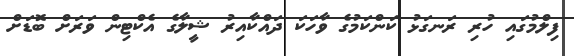
ފިލްމުގައި ހުރި ރަނގަޅު ކަންކަމުގެ ވާހަކަ ދައްކާއިރު ޝީލާގެ އެކްޓިން ވަރަށް ބޮޑަށް